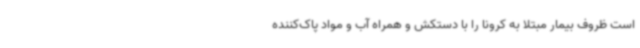
است ظروف بیمار مبتلا به کرونا را با دستکش و همراه آب و مواد پاک‌کننده